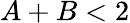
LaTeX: A+B<2